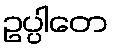
ဥပ္ပါတေ